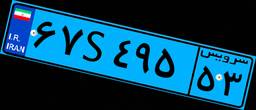
۶۷S۴۹۵۵۳